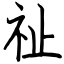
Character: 祉